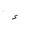
Letter: _hamza